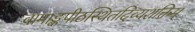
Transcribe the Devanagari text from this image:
वामाङ्कपीठस्थितदिव्यशक्तिम्